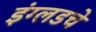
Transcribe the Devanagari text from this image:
इंग्लडचे